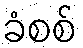
ခံစစ်